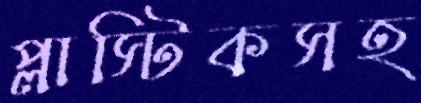
প্লাস্টিকসহ